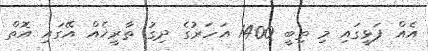
އެއް ފަޅީގައި މި ތިބީ 1400 އަހަރުގެ ދިގު ތާރީޚެއް އޭގައި އޮތް